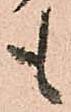
も